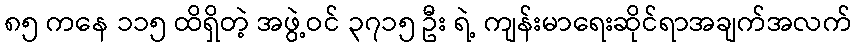
၈၅ ကနေ ၁၁၅ ထိရှိတဲ့ အဖွဲ့ဝင် ၃၇၁၅ ဦး ရဲ့ ကျန်းမာရေးဆိုင်ရာအချက်အလက်